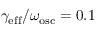
\gamma _ { \mathrm { e f f } } / \omega _ { \mathrm { o s c } } = 0 . 1